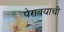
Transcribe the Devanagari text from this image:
पेरावयाची